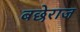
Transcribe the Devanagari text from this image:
बछेराज